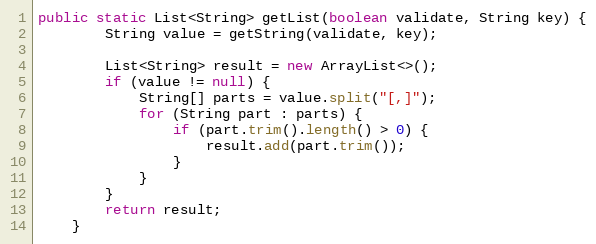
Language: Java
public static List<String> getList(boolean validate, String key) {
		String value = getString(validate, key);

		List<String> result = new ArrayList<>();
		if (value != null) {
			String[] parts = value.split("[,]");
			for (String part : parts) {
				if (part.trim().length() > 0) {
					result.add(part.trim());
				}
			}
		}
		return result;
	}